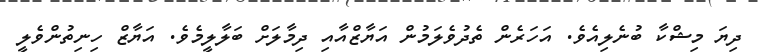
ދިޔަ މިޝްކާ ބުނެލިއެވެ. އަހަރެން ތެދުވެލަމުން އަޔާޒްއާއި ދިމާލަށް ބަލާލީމެވެ. އަޔާޒް ހިނިތުންވެލީ